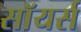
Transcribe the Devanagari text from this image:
सॉयर्स